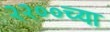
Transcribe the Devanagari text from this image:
२२००च्या